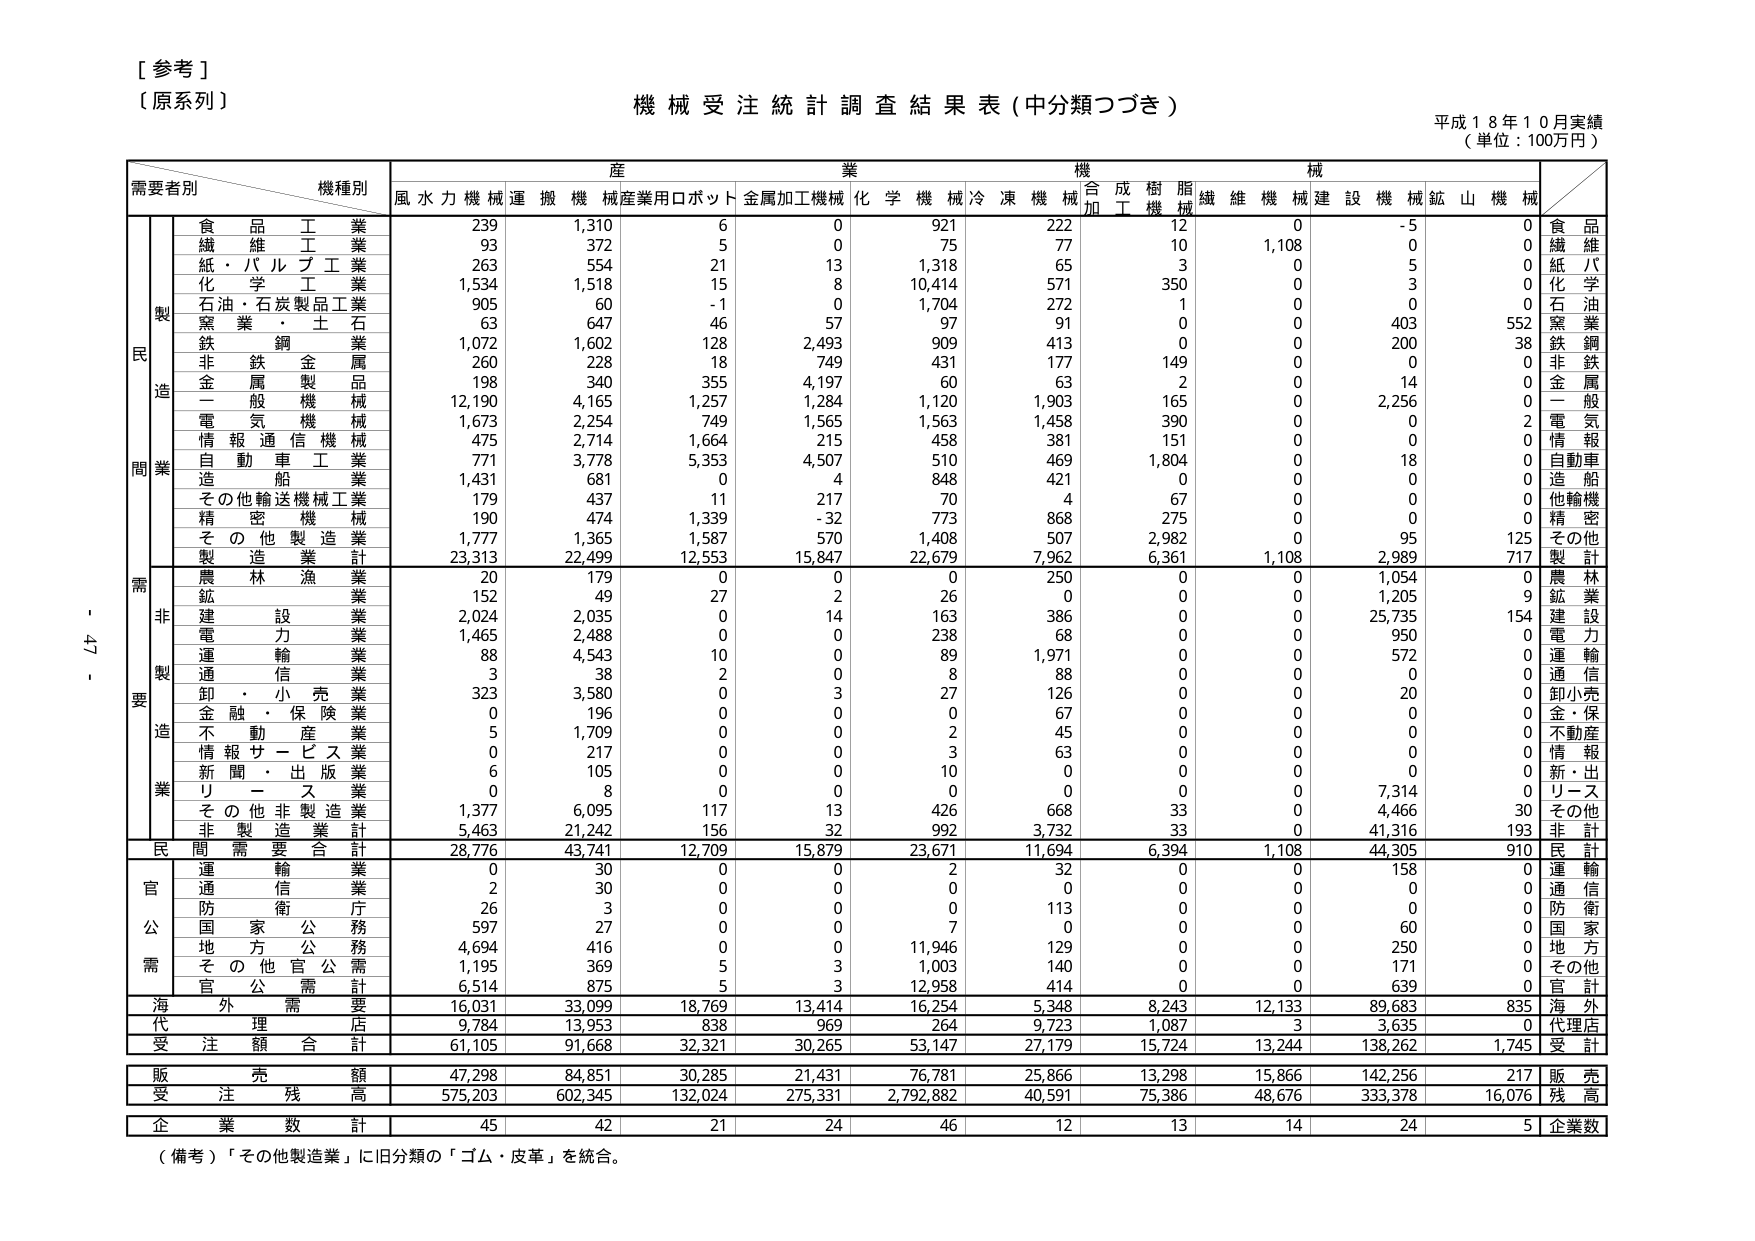
[参考]
（原系列）
機械受注統計調査結果表（中分類つづき）
平成18年10月実績
（単位：100万円）

需要者別　機種別　産業　機械
　　　　　　　　　　　風水力機械　運搬機械　産業用ロボット　金属加工機械　化学機械　冷凍機械　合成樹脂機械　繊維機械　建設機械　鉱山機械

製造
　　食品工業　　　　　239　　1,310　　6　　0　　921　　222　　12　　0　　-5　　0　　食品
　　繊維工業　　　　　93　　372　　5　　0　　75　　77　　10　　1,108　　0　　0　　繊維
　　紙・パルプ工業　　　263　　554　　21　　13　　1,318　　65　　3　　0　　5　　0　　紙パ
　　化学工業　　　　　1,534　　1,518　　15　　8　　10,414　　571　　350　　0　　3　　0　　化学
　　石油・石炭製品工業　905　　60　　-1　　0　　1,704　　272　　1　　0　　0　　0　　石油
　　窯業・土石　　　　63　　647　　46　　57　　97　　91　　0　　0　　403　　552　　窯業
　　鉄鋼業　　　　　1,072　　1,602　　128　　2,493　　909　　413　　0　　0　　200　　38　　鉄鋼
　　非鉄金属　　　　　260　　228　　18　　749　　431　　177　　149　　0　　0　　0　　非鉄
　　金属製品　　　　　198　　340　　355　　4,197　　60　　63　　2　　0　　14　　0　　金属
　　一般機械　　　　　12,190　　4,165　　1,257　　1,284　　1,120　　1,903　　165　　0　　2,256　　0　　一般
　　電気機械　　　　　1,673　　2,254　　749　　1,565　　1,563　　1,458　　390　　0　　0　　2　　電気
　　情報通信機械　　　475　　2,714　　1,664　　215　　458　　381　　151　　0　　0　　0　　情報
　　自動車工業　　　　771　　3,778　　5,353　　4,507　　510　　469　　1,804　　0　　18　　0　　自動車
　　造船　　　　　　　1,431　　681　　0　　4　　848　　421　　0　　0　　0　　0　　造船
　　その他輸送機械工業　179　　437　　11　　217　　70　　4　　67　　0　　0　　0　　他輸機
　　精密機械　　　　　190　　474　　1,339　　-32　　773　　868　　275　　0　　0　　0　　精密
　　その他製造業　　　1,777　　1,365　　1,587　　570　　1,408　　507　　2,982　　0　　95　　125　　その他
　　製造業計　　　　　23,313　　22,499　　12,553　　15,847　　22,679　　7,962　　6,361　　1,108　　2,989　　717　　製計

需要
　　非製造業
　　　農林漁業　　　　　20　　179　　0　　0　　0　　250　　0　　0　　1,054　　0　　農林
　　　鉱業　　　　　　　152　　49　　27　　2　　26　　0　　0　　0　　1,205　　9　　鉱業
　　　建設業　　　　　2,024　　2,035　　0　　14　　163　　386　　0　　0　　25,735　　154　　建設
　　　電力業　　　　　1,465　　2,488　　0　　0　　238　　68　　0　　0　　950　　0　　電力
　　　運輸業　　　　　88　　4,543　　10　　0　　89　　1,971　　0　　0　　572　　0　　運輸
　　　通信業　　　　　3　　38　　2　　0　　8　　88　　0　　0　　0　　0　　通信
　　　卸・小売業　　　323　　3,580　　0　　3　　27　　126　　0　　0　　20　　0　　卸小売
　　　金融・保険業　　　0　　196　　0　　0　　0　　67　　0　　0　　0　　0　　金・保
　　　不動産業　　　　　5　　1,709　　0　　0　　2　　45　　0　　0　　0　　0　　不動産
　　　情報サービス業　　0　　217　　0　　0　　3　　63　　0　　0　　0　　0　　情報
　　　新聞・出版業　　　6　　105　　0　　0　　10　　0　　0　　0　　0　　0　　新・出
　　　リース業　　　　　0　　8　　0　　0　　0　　0　　0　　0　　7,314　　0　　リース
　　　その他非製造業　　1,377　　6,095　　117　　13　　426　　668　　33　　0　　4,466　　30　　その他
　　　非製造業計　　　5,463　　21,242　　156　　32　　992　　3,732　　33　　0　　41,316　　193　　非計

　　民需要合計　　　　28,776　　43,741　　12,709　　15,879　　23,671　　11,694　　6,394　　1,108　　44,305　　910　　民計

官公需
　　運輸業　　　　　　0　　30　　0　　0　　2　　32　　0　　0　　158　　0　　運輸
　　通信業　　　　　　2　　30　　0　　0　　0　　0　　0　　0　　0　　0　　通信
　　防衛庁　　　　　　26　　3　　0　　0　　0　　113　　0　　0　　0　　0　　防衛
　　国家公務　　　　　597　　27　　0　　0　　7　　0　　0　　0　　60　　0　　国家
　　地方公務　　　　　4,694　　416　　0　　0　　11,946　　129　　0　　0　　250　　0　　地方
　　その他官公需　　　1,195　　369　　5　　3　　1,003　　140　　0　　0　　171　　0　　その他
　　官公需計　　　　　6,514　　875　　5　　3　　12,958　　414　　0　　0　　639　　0　　官計

海外需要　　　　　　16,031　　33,099　　18,769　　13,414　　16,254　　5,348　　8,243　　12,133　　89,683　　835　　海外

代理店　　　　　　　9,784　　13,953　　838　　969　　264　　9,723　　1,087　　3　　3,635　　0　　代理店

受注額合計　　　　　61,105　　91,668　　32,321　　30,265　　53,147　　27,179　　15,724　　13,244　　138,262　　1,745　　受計

販売額　　　　　　　47,298　　84,851　　30,285　　21,431　　76,781　　25,866　　13,298　　15,866　　142,256　　217　　販売

受注残高　　　　　　575,203　　602,345　　132,024　　275,331　　2,792,882　　40,591　　75,386　　48,676　　333,378　　16,076　　残高

企業数計　　　　　　45　　42　　21　　24　　46　　12　　13　　14　　24　　5　　企業数

（備考）「その他製造業」に旧分類の「ゴム・皮革」を統合。

- 47 -